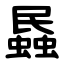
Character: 蟁